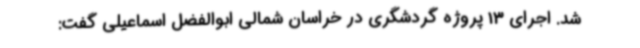
شد. اجرای 13 پروژه گردشگری در خراسان شمالی ابوالفضل اسماعیلی گفت: